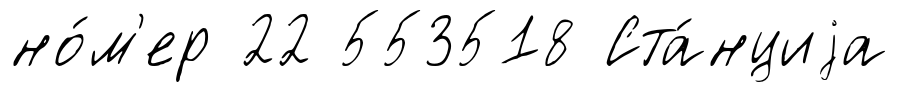
но́м'ер 22 553518 Ста́нциjа